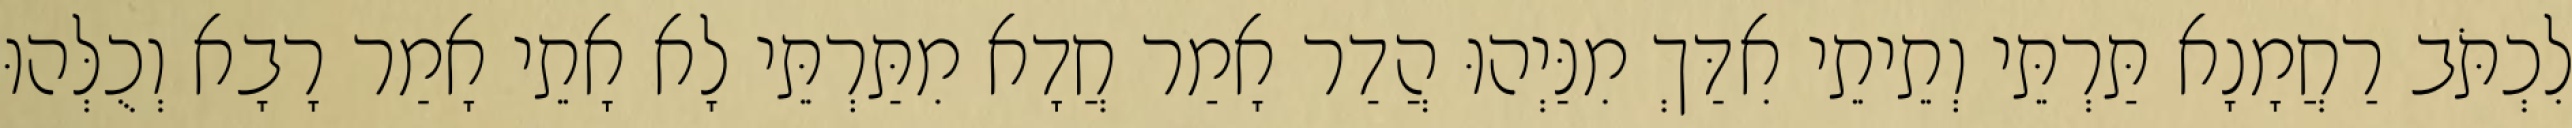
לִכְתֹּב רַחֲמָנָא תַּרְתֵּי וְתֵיתֵי אִדַּךְ מִנַּיְהוּ הֲדַר אָמַר חֲדָא מִתַּרְתֵּי לָא אָתֵי אָמַר רָבָא וְכֻלְּהוּ